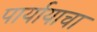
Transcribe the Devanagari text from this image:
पार्यायाचा